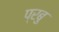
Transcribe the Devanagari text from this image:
प्रबु